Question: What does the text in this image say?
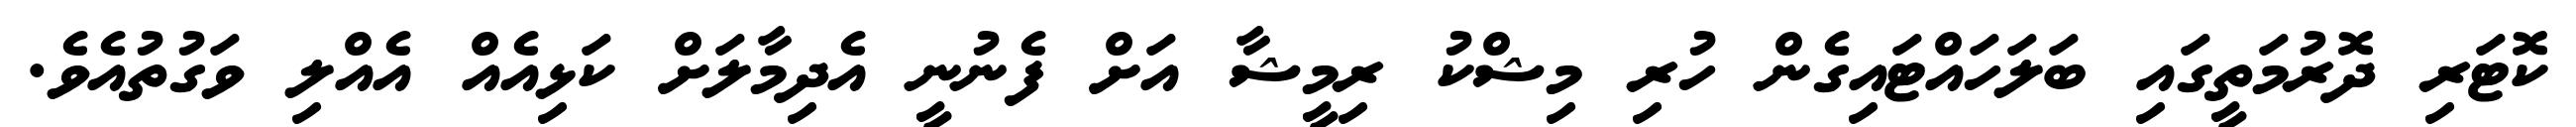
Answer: ކޮޓަރި ދޮރުމަތީގައި ބަލަހައްޓައިގެން ހުރި މިޝްކު ރިމީޝާ އަށް ފެނުނީ އެދިމާލަށް ކަޅިއެއް އެއްލި ވަގުތުއެވެ.